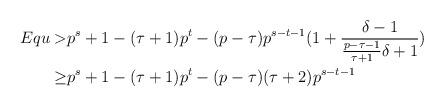
LaTeX: \begin{align*}Equ> & p^s+1-(\tau+1)p^{t}-(p-\tau)p^{s-t-1}(1+\frac{\delta-1}{\frac{p-\tau-1}{\tau+1}\delta+1})\\\ge & p^s + 1 - (\tau+1)p^{t} -(p-\tau)(\tau+2)p^{s-t-1}\end{align*}